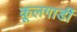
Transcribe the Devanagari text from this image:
कूलगार्डी